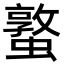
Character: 𮕁